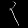
Digit: ၃